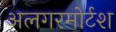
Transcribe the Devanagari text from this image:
अलगरमोर्टश